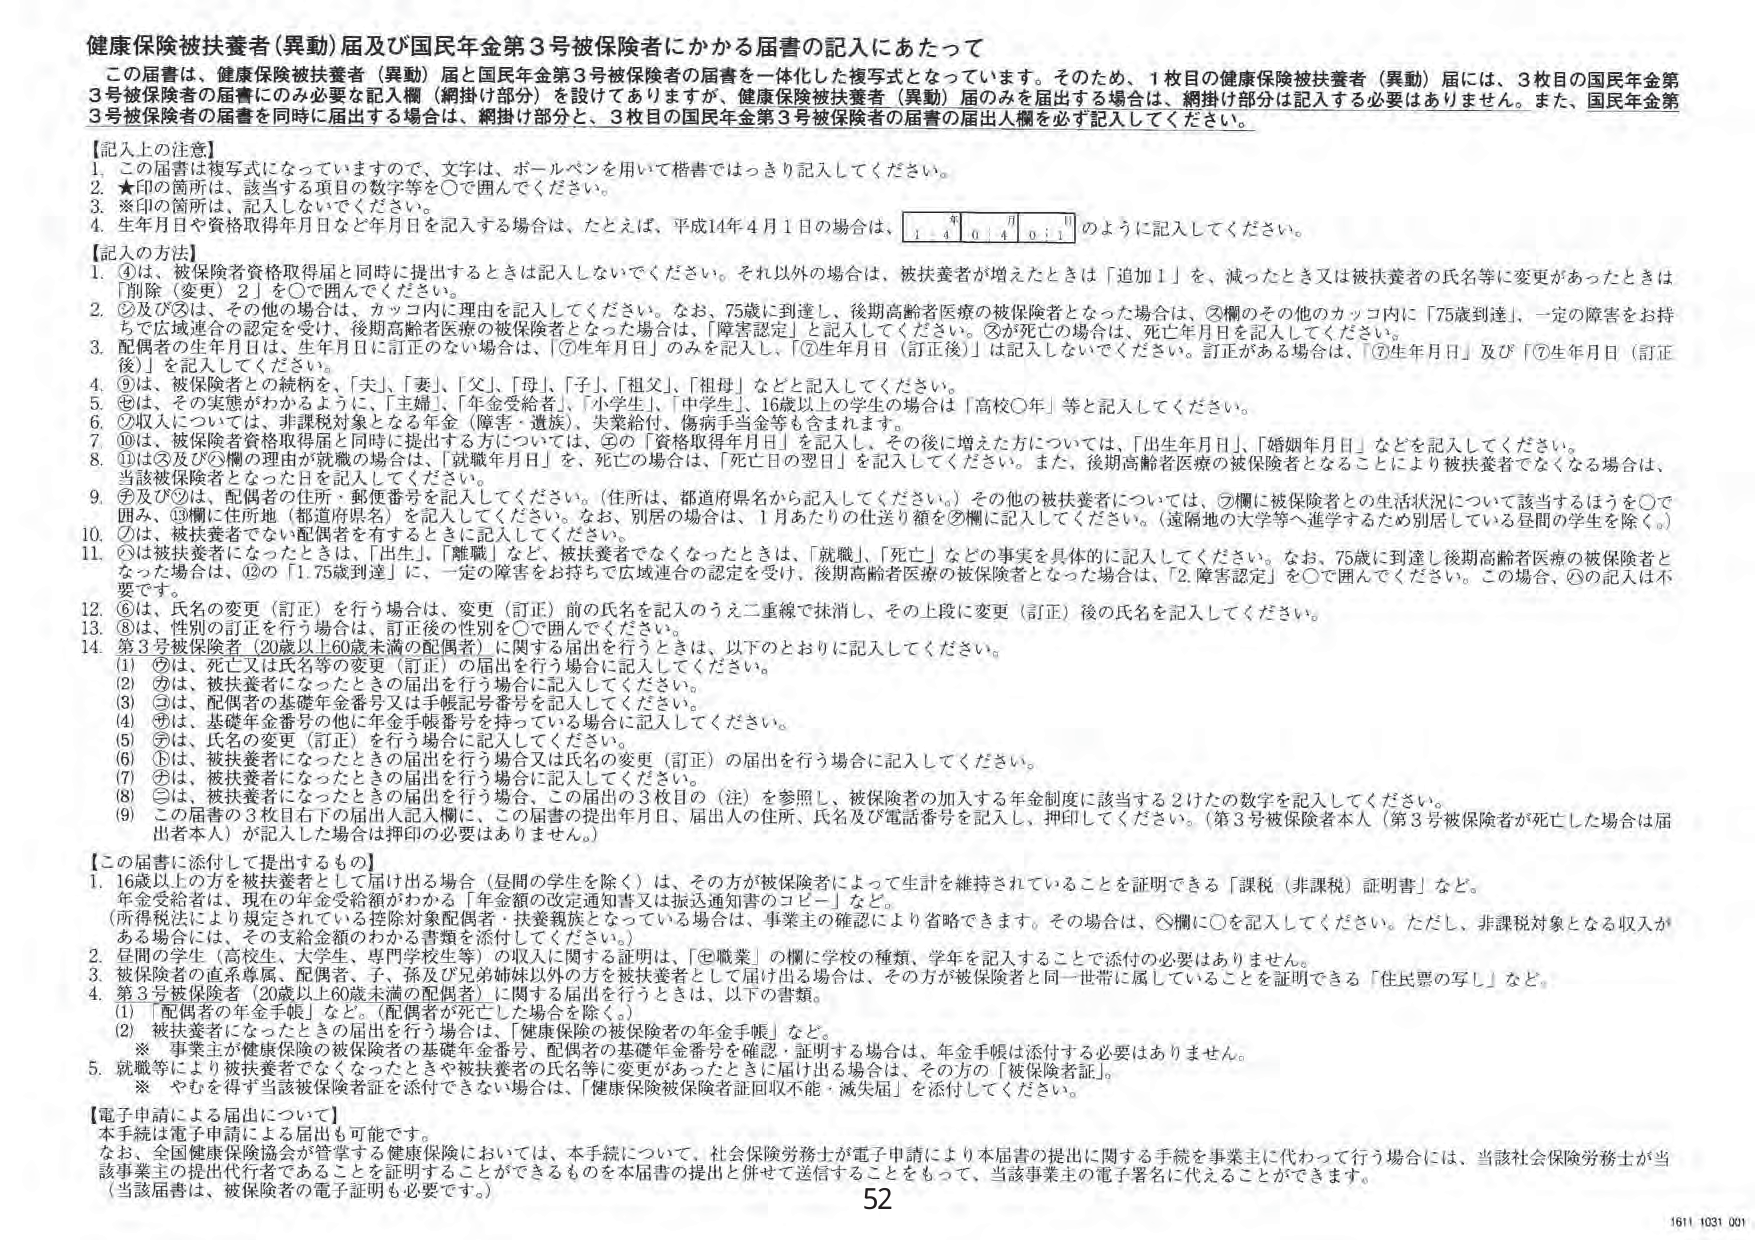
健康保険被扶養者（異動）届及び国民年金第3号被保険者にかかる届書の記入にあたって

この届書は、健康保険被扶養者（異動）届と国民年金第3号被保険者の届書を一体化した複写式となっています。そのため、1枚目の健康保険被扶養者（異動）届には、3枚目の国民年金第3号被保険者の届書にのみ必要の記入欄（網掛け部分）を設けてありますが、健康保険被扶養者（異動）届のみを届出する場合は、網掛け部分は記入する必要はありません。また、国民年金第3号被保険者の届書を同封に届出する場合は、網掛け部分と、3枚目の国民年金第3号被保険者の届書の届出人欄を必ず記入してください。

【記入上の注意】
1. この届書は複写式になっていますので、文字は、ボールペンを用いて楷書ではっきり記入してください。
2. ★印の箇所は、該当する項目の数字等を○で囲んでください。
3. ※印の箇所は、記入しないでください。
4. 生年月日や資格取得年月日など年月日を記入する場合は、たとえば、平成14年4月1日の場合は、
　　1 4 0 4 0 1
　　のように記入してください。

【記入の方法】
1. ④は、被保険者資格取得届と同時に提出するときは記入しないでください。それ以外の場合は、被扶養者が増えたときは「追加1」を、減ったとき又は被扶養者の氏名等に変更があったときは「削除（変更）2」を○で囲んでください。
2. ②及び③は、その他の場合は、カッコ内に理由を記入してください。なお、75歳に到達し、後期高齢者医療の被保険者となった場合は、②欄のその他のカッコ内に「75歳到達」、一定の障害をお持ちで広域連合の認定を受け、後期高齢者医療の被保険者となった場合は、「障害認定」と記入してください。③が死亡の場合は、死亡年月日を記入してください。
3. 配偶者の生年月日は、生年月日に訂正のない場合は、「⑦生年月日」のみを記入し、「⑦生年月日（訂正後）」は記入しないでください。訂正がある場合は、「⑦生年月日」及び「⑦生年月日（訂正後）」を記入してください。
4. ⑨は、被保険者との続柄を、「夫」、「妻」、「父」、「母」、「子」、「祖父」、「祖母」などと記入してください。
5. ⑧は、その実態がわかるように、「主婦」、「年金受給者」、「小学生」、「中学生」、16歳以上の学生の場合は「高校○年」等と記入してください。
6. ⑦収入については、非課税対象となる年金（障害・遺族）、失業給付、傷病手当金等も含まれます。
7. ⑩は、被保険者資格取得届と同時に提出する方については、②の「資格取得年月日」を記入し、その後に増えた方については、「出生年月日」、「婚姻年月日」などを記入してください。
8. ⑪は③及び⑤欄の理由が就職の場合は、「就職年月日」を、死亡の場合は、「死亡日の翌日」を記入してください。また、後期高齢者医療の被保険者となることにより被扶養者でなくなる場合は、当該被扶養者となった日を記入してください。
9. ⑦及び⑨は、配偶者の住所・郵便番号を記入してください。（住所は、都道府県名から記入してください。）その他の被扶養者については、⑦欄に被保険者との生活状況について該当するほうを○で囲み、⑨欄に住所地（都道府県名）を記入してください。なお、別居の場合は、1月あたりの仕送り額を⑤欄に記入してください。（遠隔地の大学等へ進学するため別居している昼間の学生を除く。）
10. ⑦は、被扶養者でない配偶者を有するときに記入してください。
11. ①は被扶養者になったときは、「出生」、「離職」など、被扶養者でなくなったときは、「就職」、「死亡」などの事実を具体的に記入してください。なお、75歳に到達し後期高齢者医療の被保険者となった場合は、⑫の「1.75歳到達」に、一定の障害をお持ちで広域連合の認定を受け、後期高齢者医療の被保険者となった場合は、「2.障害認定」を○で囲んでください。この場合、①の記入は不要です。
12. ⑥は、氏名の変更（訂正）を行う場合は、変更（訂正）前の氏名を記入のうえ二重線で抹消し、その上段に変更（訂正）後の氏名を記入してください。
13. ⑧は、性別の訂正を行う場合は、訂正後の性別を○で囲んでください。
14. 第3号被保険者（20歳以上60歳未満の配偶者）に関する届出を行うときは、以下のとおりに記入してください。
　　(1) ⑥は、死亡又は氏名等の変更（訂正）の届出を行う場合に記入してください。
　　(2) ⑦は、被扶養者になったときの届出を行う場合に記入してください。
　　(3) ③は、配偶者の基礎年金番号又は手帳記号番号を記入してください。
　　(4) ⑦は、基礎年金番号の他に年金手帳番号を持っている場合に記入してください。
　　(5) ⑦は、氏名の変更（訂正）を行う場合に記入してください。
　　(6) ①は、被扶養者になったときの届出を行う場合又は氏名の変更（訂正）の届出を行う場合に記入してください。
　　(7) ⑧は、被扶養者になったときの届出を行う場合に記入してください。
　　(8) ③は、被扶養者になったときの届出を行う場合、この届出の3枚目の（注）を参照し、被保険者の加入する年金制度に該当する2けたの数字を記入してください。
　　(9) この届書の3枚目右下の届出人記入欄に、この届書の提出年月日、届出人の住所、氏名及び電話番号を記入し、押印してください。（第3号被保険者本人（第3号被保険者が死亡した場合は届出者本人）が記入した場合は押印の必要はありません。）

【この届書に添付して提出するもの】
1. 16歳以上の方を被扶養者として届け出る場合（昼間の学生を除く）は、その方が被保険者によって生計を維持されていることを証明できる「課税（非課税）証明書」など。
　　（年金受給者は、現在の年金受給額がわかる「年金額の改定通知書又は振込通知書のコピー」など。）
　　（所得税法により規定されている控除対象配偶者・扶養親族となっている場合は、事業主の確認により省略できます。その場合は、⑧欄に○を記入してください。ただし、非課税対象となる収入がある場合には、その支給金額のわかる書類を添付してください。）
2. 昼間の学生（高校生、大学生、専門学校生等）の収入に関する証明は、「⑧職業」の欄に学校の種類、学年を記入することで添付の必要はありません。
3. 被保険者の直系尊属、配偶者、子、孫及び兄弟姉妹以外の方を被扶養者として届け出る場合は、その方が被保険者と同一世帯に属していることを証明できる「住民票の写し」など。
4. 第3号被保険者（20歳以上60歳未満の配偶者）に関する届出を行うときは、以下の書類。
　　(1) 「配偶者の年金手帳」など。（配偶者が死亡した場合を除く。）
　　(2) 被扶養者になったときの届出を行う場合は、「健康保険の被保険者の年金手帳」など。
　　※ 事業主が健康保険の被保険者の基礎年金番号、配偶者の基礎年金番号を確認・証明する場合は、年金手帳は添付する必要はありません。
5. 就職等により被扶養者でなくなったときや被扶養者の氏名等に変更があったときに届け出る場合は、その方の「被保険者証」。
　　※ やむを得ず当該被保険者証を添付できない場合は、「健康保険被保険者証回収不能・滅失届」を添付してください。

【電子申請による届出について】
本手続は電子申請による届出も可能です。
なお、全国健康保険協会が管掌する健康保険においては、本手続について、社会保険労務士が電子申請により本届書の提出に関する手続を事業主に代わって行う場合には、当該社会保険労務士が当該事業主の提出代行者であることを証明することができるものを本届書の提出に併せて送信することをもって、当該事業主の電子署名に代えることができます。
（当該届書は、被保険者の電子証明も必要です。）

52
1611 1031 001